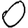
Digit: 0